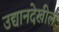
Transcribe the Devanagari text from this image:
उद्यानदेखील